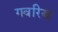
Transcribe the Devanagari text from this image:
गवरिया